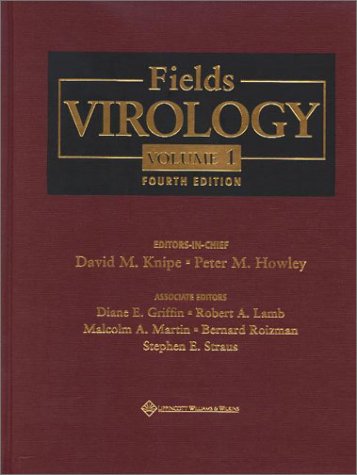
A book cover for Fields Virology, 4th Edition (2 Volume Set); Medical Books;